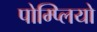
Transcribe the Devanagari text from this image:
पोम्प्लियो